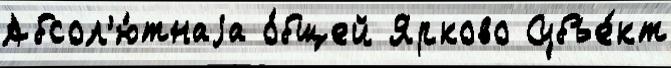
Абсол'ю́тнаjа о́бщей Ярково Субъе́кт